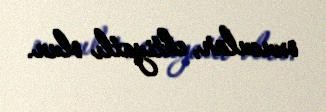
oxucular, ehtiyatlı olun.